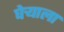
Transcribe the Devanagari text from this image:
घेऱ्याला